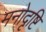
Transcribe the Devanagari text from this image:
मनोदृष्टि